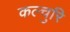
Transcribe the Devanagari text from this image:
कल्चुरि